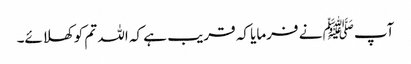
آپﷺ نے فرمایا کہ قریب ہے کہ اللہ تم کو کھلائے۔